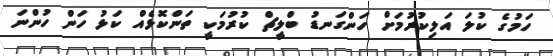
ހަމުގެ ކުލަ އަލިކުރުމަށް ހަންގަނޑު ބްލީޗް ކުރުމަކީ ތަންކޮޅެއް ކަޅު ހަން ހުންނަ